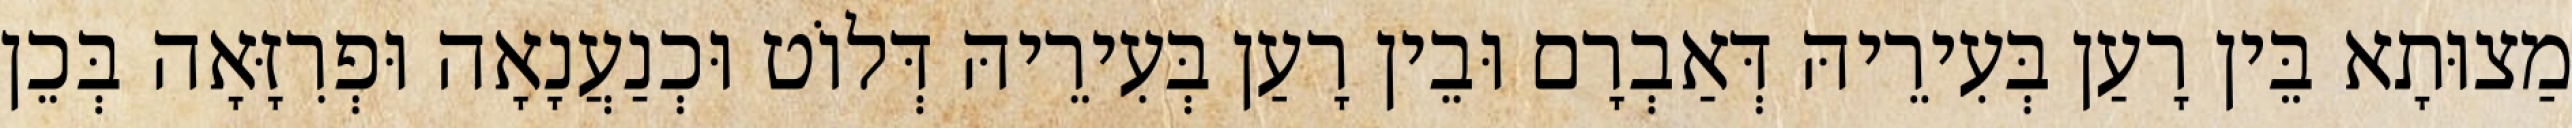
מַצוּתָא בֵּין רָעַן בְּעִירֵיהּ דְּאַבְרָם וּבֵין רָעַן בְּעִירֵיהּ דְּלוֹט וּכְנַעֲנָאָה וּפְרִזָּאָה בְּכֵן